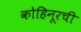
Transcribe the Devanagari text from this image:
कोहिनूरची